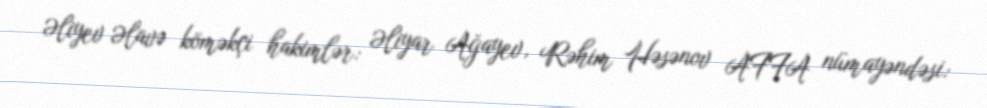
Əliyev Əlavə köməkçi hakimlər: Əliyar Ağayev, Rəhim Həsənov AFFA nümayəndəsi: